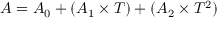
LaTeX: A = A _ { 0 } + ( A _ { 1 } \times T ) + ( A _ { 2 } \times T ^ { 2 } )